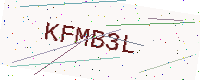
Text: KFMB3L